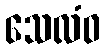
သေလံဝ